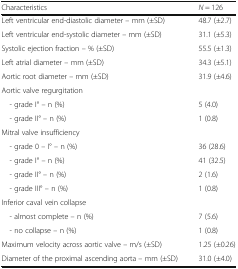
| Characteristics | N = 126 |
 | --- | --- |
 | Left ventricular end-diastolic diameter – mm (±SD) | 48.7 (±2.7) |
 | Left ventricular end-systolic diameter – mm (±SD) | 31.1 (±5.3) |
 | Systolic ejection fraction – % (±SD) | 55.5 (±1.3) |
 | Left atrial diameter – mm (±SD) | 34.3 (±5.1) |
 | Aortic root diameter – mm (±SD) | 31.9 (±4.6) |
 | <COLSPAN=2> Aortic valve regurgitation |
 | - grade I° – n (%) | 5 (4.0) |
 | - grade II° – n (%) | 1 (0.8) |
 | <COLSPAN=2> Mitral valve insufficiency |
 | - grade 0 – I° – n (%) | 36 (28.6) |
 | - grade I° – n (%) | 41 (32.5) |
 | - grade II° – n (%) | 2 (1.6) |
 | - grade III° – n (%) | 1 (0.8) |
 | <COLSPAN=2> Inferior caval vein collapse |
 | - almost complete – n (%) | 7 (5.6) |
 | - no collapse – n (%) | 1 (0.8) |
 | Maximum velocity across aortic valve – m/s (±SD) | 1.25 (±0.26) |
 | Diameter of the proximal ascending aorta – mm (±SD) | 31.0 (±4.0) |